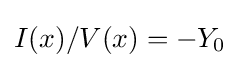
I(x)/V(x)=-Y_{0}